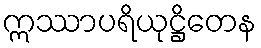
ဣဿာပရိယုဋ္ဌိတေန